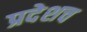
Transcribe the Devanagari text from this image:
प्रदेशच